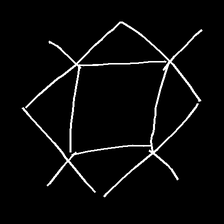
Glyph: light